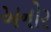
અનોર